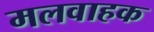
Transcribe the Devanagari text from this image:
मलवाहक